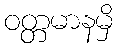
ဝတ္တမာနမှိ